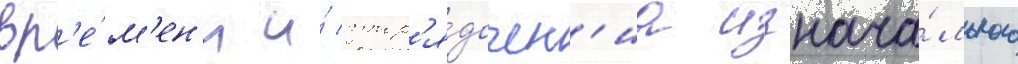
вр'е́м'ен'и и́ упор'я́дочен'иа изнача́льного